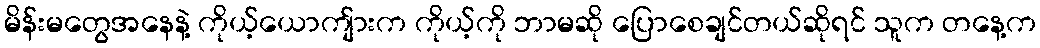
မိန်းမတွေအနေနဲ့ ကိုယ့်ယောကျ်ားက ကိုယ့်ကို ဘာမဆို ပြောစေချင်တယ်ဆိုရင် သူက တနေ့က